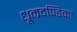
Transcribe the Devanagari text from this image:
धूम्रदण्डिका